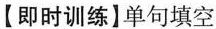
【即时训练】单句填空